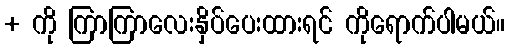
+ ကို ကြာကြာလေးနှိပ်ပေးထားရင် ကိုရောက်ပါမယ်။